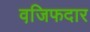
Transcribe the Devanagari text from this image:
वजि़फदार